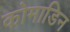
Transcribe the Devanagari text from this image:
कोमाडिन